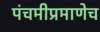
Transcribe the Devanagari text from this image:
पंचमीप्रमाणेच